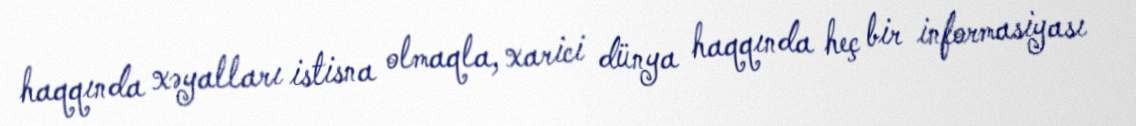
haqqında xəyalları istisna olmaqla, xarici dünya haqqında heç bir informasiyası